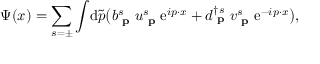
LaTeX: \Psi ( x ) = \sum _ { s = \pm } \int \! \mathrm { d } { \tilde { p } } { \big ( } b _ { \textbf { p } } ^ { s } u _ { \textbf { p } } ^ { s } \mathrm { e } ^ { i p \cdot x } + d _ { \textbf { p } } ^ { \dagger s } v _ { \textbf { p } } ^ { s } \mathrm { e } ^ { - i p \cdot x } { \big ) } ,